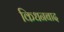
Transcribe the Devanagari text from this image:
किधनबाद